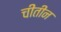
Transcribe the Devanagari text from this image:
चीतीन